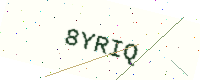
Text: 8YRIQ